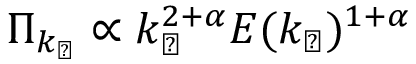
\Pi _ { k _ { \perp } } \propto k _ { \perp } ^ { 2 + \alpha } E ( k _ { \perp } ) ^ { 1 + \alpha }